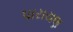
પારાયણ